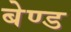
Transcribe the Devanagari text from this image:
बेण्ड